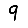
Digit: 9